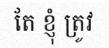
តែ ខ្ញុំ ត្រូវ